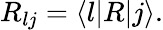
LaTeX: R_{lj}=\langle l|R|j\rangle.